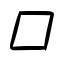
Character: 口